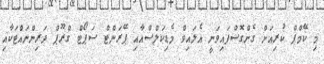
މި ކޭމްޕް ކުރިއަށް ގެންގޮސްފައިވަނީ އެލައިވް މެޑިކަލްސްއާއި ޕޭރަންޓް ސަޕޯޓް ގްރޫޕް ދަރިންނައްޓަކާއި